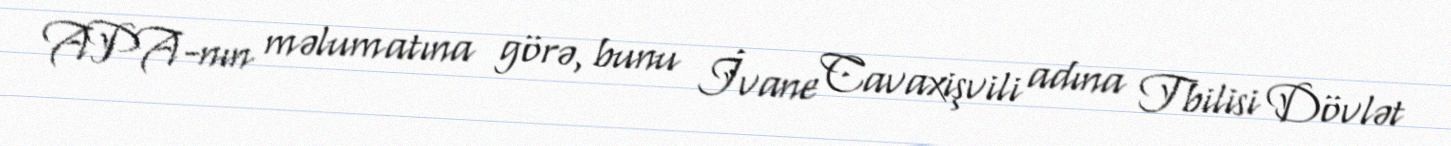
APA-nın məlumatına görə, bunu İvane Cavaxişvili adına Tbilisi Dövlət